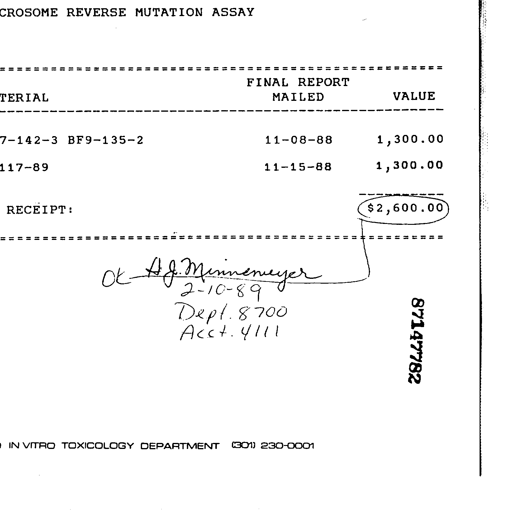
Transcript:
REVERSE MUTATION ASSAY

========================================================
FINAL REPORT
TERIAL MAILED VALUE
--------------------------------------------------------
7-142-3 BF9-135-2 11-08-88 1,300.00
117-89 11-15-88 1,300.00
----------
RECEIPT: ($2,600.00)
========================================================

OK H. J. Minnemyer
2-10-89
Dept. 8700
Acct. 4111

87147782

IN VITRO TOXICOLOGY DEPARTMENT (301) 230-0001